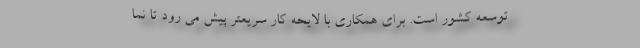
توسعه کشور است. برای همکاری با لایحه کار سریعتر پیش می رود تا نما